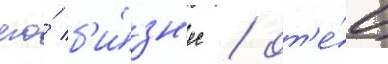
его́ б'и́зн'ес / от'е́ц